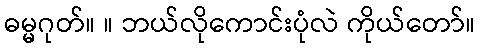
ဓမ္မဂုတ်။ ။ ဘယ်လိုကောင်းပုံလဲ ကိုယ်တော်။